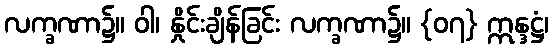
လက္ခဏာ၌။ ဝါ၊ နှိုင်းချိန်ခြင်း လက္ခဏာ၌။ {၀၇} ဣန္ဒဋ္ဌံ၊